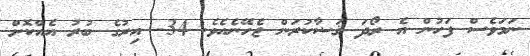
ނަމަވެސް ފަހުން އެ ރޯދަ ޤަޟާކުރަން ޖެހޭނެއެވެ. 34- އިރުގެ ބުރު އެއްކޮށް